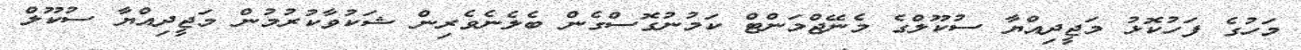
މަހުގެ ފަހުކޮޅު މަޖީދިއްޔާ ސުކޫލްގެ މެނޭޖްމަންޓް ކަމުނުގޮސްގެން ބެލެނެވެރިން ޝަކުވާކުރުމުން މަޖީދިއްޔާ ސުކޫލް